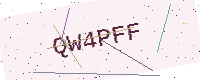
Text: QW4PFF